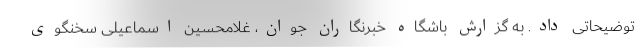
توضیحاتی داد. به گزارش باشگاه خبرنگاران جوان، غلامحسین اسماعیلی سخنگوی